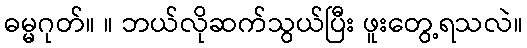
ဓမ္မဂုတ်။ ။ ဘယ်လိုဆက်သွယ်ပြီး ဖူးတွေ့ရသလဲ။